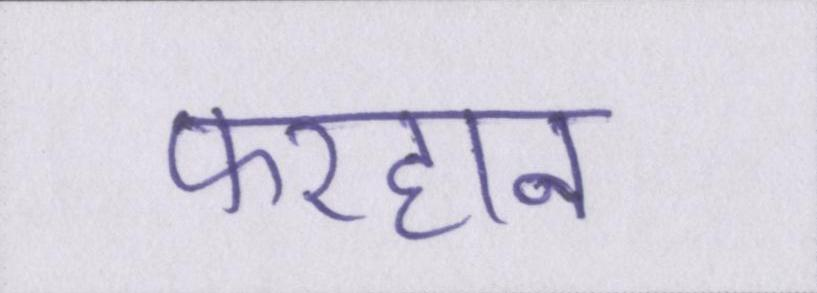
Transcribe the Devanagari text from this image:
फरहान